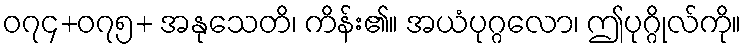
၀၇၄+၀၇၅+ အနုသေတိ၊ ကိန်း၏။ အယံပုဂ္ဂလော၊ ဤပုဂ္ဂိုလ်ကို။